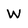
Character: W